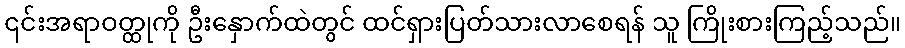
၎င်းအရာဝတ္ထုကို ဦးနှောက်ထဲတွင် ထင်ရှားပြတ်သားလာစေရန် သူ ကြိုးစားကြည့်သည်။